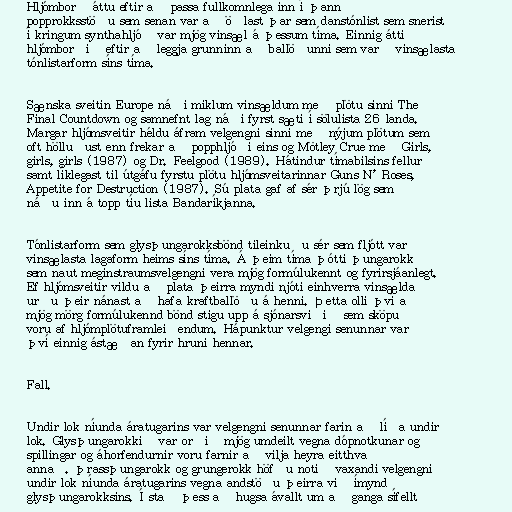
Hljómborð áttu eftir að passa fullkomnlega inn í þann
popprokksstöðu sem senan var að öðlast þar sem danstónlist sem snerist
í kringum synthahljóð var mjög vinsæl á þessum tíma. Einnig átti
hljómborðið eftir að leggja grunninn að ballöðunni sem varð vinsælasta
tónlistarform síns tíma.

Sænska sveitin Europe náði miklum vinsældum með plötu sinni The
Final Countdown og samnefnt lag náði fyrst sæti í sölulista 26 landa.
Margar hljómsveitir héldu áfram velgengni sinni með nýjum plötum sem
oft hölluðust enn frekar að popphljóði eins og Mötley Crue með Girls,
girls, girls (1987) og Dr. Feelgood (1989). Hátindur tímabilsins fellur
samt líklegast til útgáfu fyrstu plötu hljómsveitarinnar Guns N' Roses,
Appetite for Destruction (1987). Sú plata gaf af sér þrjú lög sem
náðu inn á topp tíu lista Bandaríkjanna.

Tónlistarform sem glysþungarokksbönd tileinkuðu sér sem fljótt varð
vinsælasta lagaform heims síns tíma. Á þeim tíma þótti þungarokk
sem naut meginstraumsvelgengni vera mjög formúlukennt og fyrirsjáanlegt.
Ef hljómsveitir vildu að plata þeirra myndi njóti einhverra vinsælda
urðu þeir nánast að hafa kraftballöðu á henni. Þetta olli því að
mjög mörg formúlukennd bönd stigu upp á sjónarsviðið sem sköpuð
voru af hljómplötuframleiðendum. Hápunktur velgengi senunnar var
því einnig ástæðan fyrir hruni hennar.

Fall.

Undir lok níunda áratugarins var velgengni senunnar farin að líða undir
lok. Glysþungarokkið var orðið mjög umdeilt vegna dópnotkunar og
spillingar og áhorfendurnir voru farnir að vilja heyra eitthvað
annað. þrassþungarokk og grungerokk höfðu notið vaxandi velgengni
undir lok níunda áratugarins vegna andstöðu þeirra við ímynd
glysþungarokksins. Í stað þess að hugsa ávallt um að ganga sífellt